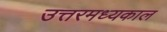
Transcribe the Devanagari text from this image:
उत्तरमध्यकाल